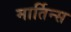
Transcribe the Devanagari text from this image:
मार्तिन्स